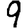
Digit: 9